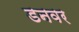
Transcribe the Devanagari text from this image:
डनवर